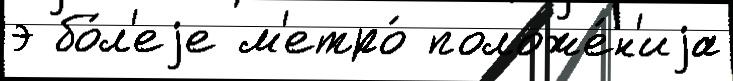
э бо́л'еjе м'етро́ положе́н'иjа